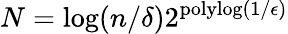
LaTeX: N=\log(n/\delta)2^{\mathrm{polylog}(1/\epsilon)}